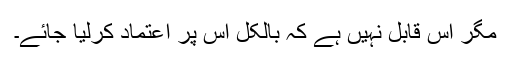
مگر اس قابل نہیں ہے کہ بالکل اس پر اعتماد کرلیا جائے۔